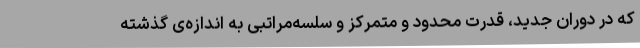
که در دوران جدید، قدرت محدود و متمرکز و سلسه‌مراتبی به اندازه‌ی گذشته